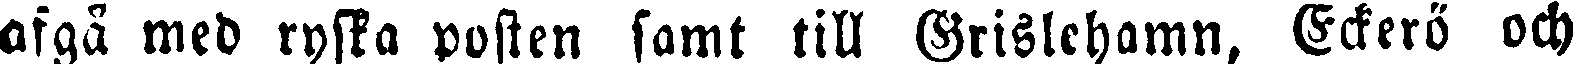
afgå med ryska posten samt till Grislehamn, Eckerö och